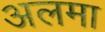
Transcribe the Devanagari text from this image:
अलमा